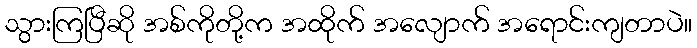
သွားကြပြီဆို အစ်ကိုတို့က အထိုက် အလျောက် အရောင်းကျတာပဲ။